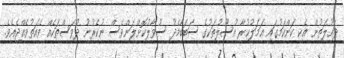
ދައުލަތުން އެކި ކަންކަމުގައި ޢަމަލުކުރާ އުސޫލުތަކުގެ ސަބަބާމެދު ސުވާލުކޮށްލަންވެސް ނުކެރުނު ދުވަސްތަކެއް ވެއަތުވެއްޖެއެވެ.